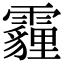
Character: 霾